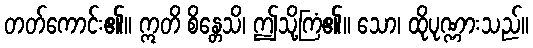
တတ်ကောင်း၏။ ဣတိ စိန္တေသိ၊ ဤသို့ကြံ၏။ သော၊ ထိုပုဏ္ဏားသည်။